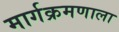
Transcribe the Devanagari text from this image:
मार्गक्रमणाला